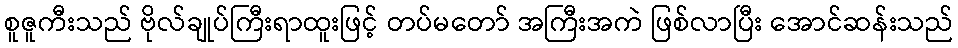
စူဇူကီးသည် ဗိုလ်ချုပ်ကြီးရာထူးဖြင့် တပ်မတော် အကြီးအကဲ ဖြစ်လာပြီး အောင်ဆန်းသည်